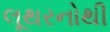
લૂથરનોથી